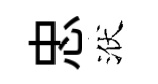
忠洑